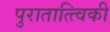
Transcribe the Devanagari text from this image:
पुरातात्त्विकी